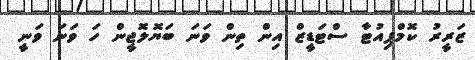
ޒަރީރު ކޮމްޕިއުޓާ ސްޓަޑީީޒް އިން ތިން ވަނަ ބަޔޮލޮޖީން ހަ ވަނަ ވަނީ